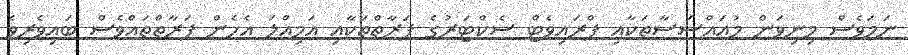
ނަމަވެސް މިނިވަން މުއައްސަސާތަކާއި ޕްރައިވެޓް ސެކްޓަރުގެ ފަރާތްތަކާއި އަމިއްލަ އެހެން ފަރާތްތައްވެސް ބައިވެރިވެ